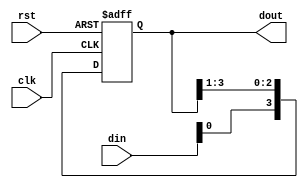
module pipo_shift_register(
    input wire clk,
    input wire rst,
    input wire [N-1:0] din,
    output reg [N-1:0] dout
);

parameter N = 4; // Number of bits in the shift register

reg [N-1:0] internal_register;

always @(posedge clk or posedge rst) begin
    if (rst) begin
        internal_register <= 0;
    end else begin
        internal_register <= {din, internal_register[N-1:1]};
    end
end

assign dout = internal_register;

endmodule